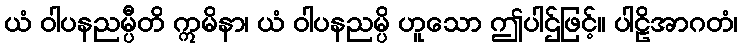
ယံ ဝါပနညမ္ပီတိ ဣမိနာ၊ ယံ ဝါပနညမ္ပိ ဟူသော ဤပါဌ်ဖြင့်။ ပါဠိအာဂတံ၊